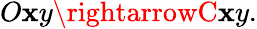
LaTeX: O\mathbf{x}y\rightarrowC\mathbf{x}y.